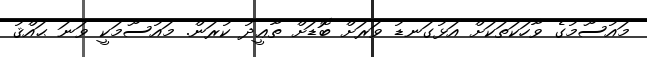
މައުސޫމުގެ ވާހަކަތަކަށް އަޅުގަނޑު ވަރަށް ބޮޑަށް ތާޢީދު ކުރަން. މައުސޫމަކީ ވަނަ ޙައްޤު